Punjab Mental Hospital Lahore 1922-31 - 1922-1931
Year: 1922
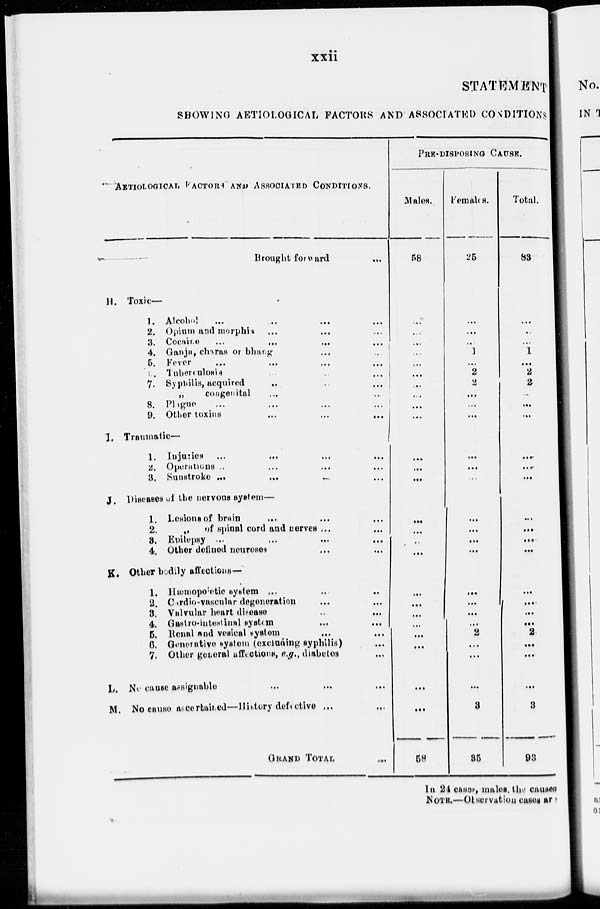
xxii
STATEMENT
SHOWING AETIOLOGICAL FACTORS AND ASSOCIATED CONDITIONS
AETIOLOGICAL FACTORS AND ASSOCIATED CONDITIONS.
Brought forward ...
H. Toxic—
1. Alcohol
...
...
...
2. Opium and morphin ... ... ...
3. Cocaine ... ... ...
4. Ganja, charas or bhang ... ... ...
5. Fever
...
...
...
6. Tuberculosis ... ... ...
7. Syphilis, acquired ... ... ...
„
congenital ... ... ...
8. Plague ... ... ...
9. Other toxins ... ... ...
I. Traumatic—
1. Injuries ... ... ...
2. Operations ... ... ...
3.
Sunstroke
...
...
...
J. Diseases of the nervous system—
1. Lesions of brain ... ... ...
2.
„ of spinal cord and nerves ... ...
3. Epilepsy ... ... ...
4. Other defined neuroses ... ... ...
K. Other bodily affections—
1. Hæmopoietic system
...
...
...
2. Cardio-vascular degeneration ... ... ...
3. Valvular heart disease
...
...
...
4. Gastro-inteatinal system
...
...
...
5. Renal and vesical system ... ... ...
6. Generative system (excluding syphilis) ...
7. Other general affections, e.g., diabetes ...
L. No cause assignable
...
...
...
M. No cause ascertained—History defective ... ...
GRAND TOTAL ...
PRE-DISPOSING CAUSE.
Males.
58
...
...
...
...
...
...
...
...
...
...
...
...
...
...
...
...
...
...
...
...
...
...
...
...
...
58
Females.
25
...
...
...
1
...
2
2
...
....
...
...
...
...
...
...
...
...
...
...
...
...
2
...
...
...
3
35
Total.
83
...
...
...
1
...
2
2
...
...
...
...
...
...
...
...
...
...
...
...
...
...
2
...
...
...
3
93
In 24 cases, males, the causes
NOTE.—Observation cases are